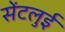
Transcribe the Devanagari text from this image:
सेंटलुई